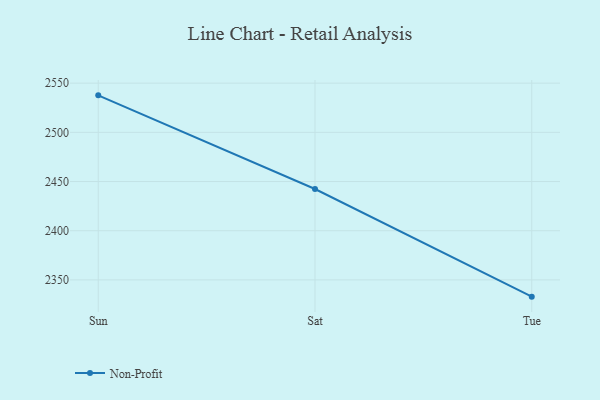
{"axis": {"x": "Day", "y": "Active Users"}, "legend": ["Non-Profit"], "data": [{"x": "Sun", "y": 2537.6, "type": "Non-Profit"}, {"x": "Sat", "y": 2442.4, "type": "Non-Profit"}, {"x": "Tue", "y": 2333.0, "type": "Non-Profit"}]}